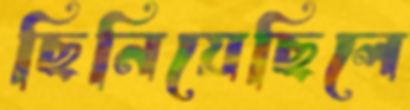
ছিনিয়েছিলে